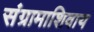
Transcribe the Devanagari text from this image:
संग्रामाशिवाय